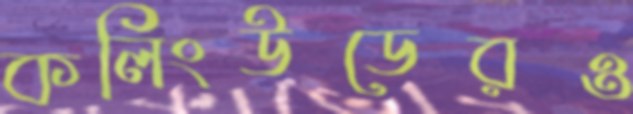
কলিংউডেরও